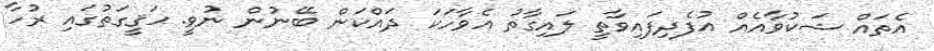
އެތައް ޝަކުވާއެއް އުފެދިފައިވާތީ ލައިގާތު އެވާހަކަ ދައްކަން ބޭނުން ނުވީ. ޙަޤީގަތުގައި ރުހާ